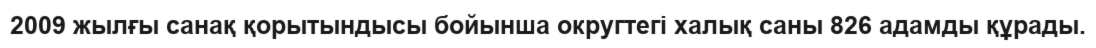
2009 жылғы санақ қорытындысы бойынша округтегі халық саны 826 адамды құрады.